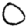
Digit: 0